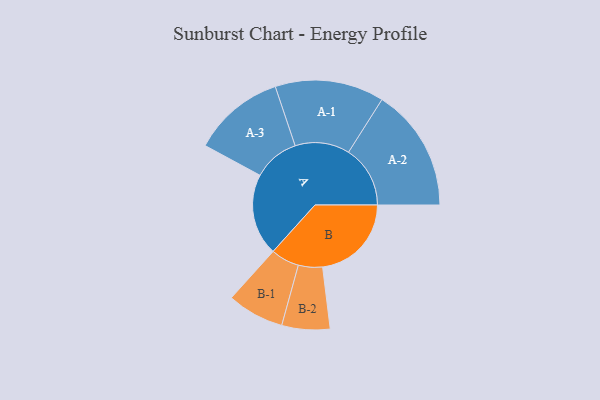
{"axis": {"x": "Segment", "y": "Value"}, "legend": ["", "A", "B"], "data": [{"x": "A", "y": 367, "type": ""}, {"x": "B", "y": 399, "type": ""}, {"x": "A-1", "y": 245, "type": "A"}, {"x": "A-2", "y": 277, "type": "A"}, {"x": "A-3", "y": 207, "type": "A"}, {"x": "B-1", "y": 128, "type": "B"}, {"x": "B-2", "y": 108, "type": "B"}]}